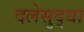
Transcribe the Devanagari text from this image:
दलेसुद्धा